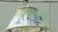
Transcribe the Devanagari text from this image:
२७५००